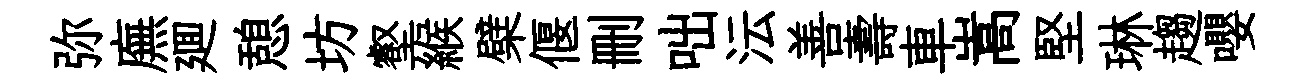
弥廡廽憩坊壑緱檗偃删咄沄善壽車嵩堅琳趨嚶